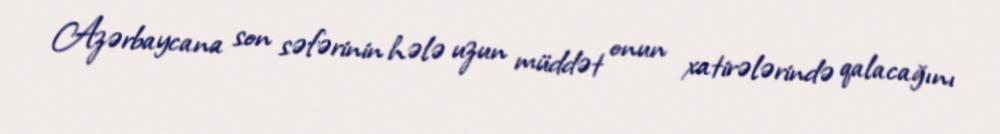
Azərbaycana son səfərinin hələ uzun müddət onun xatirələrində qalacağını